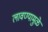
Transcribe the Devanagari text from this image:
लावण्यामुळे